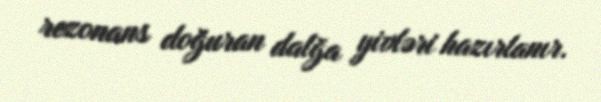
rezonans doğuran dalğa yivləri hazırlanır.